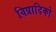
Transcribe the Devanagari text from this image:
विप्रादिको